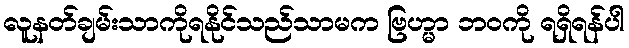
လူနတ်ချမ်းသာကိုရနိုင်သည်သာမက ဗြဟ္မာ ဘဝကို ရရှိရန်ပါ